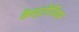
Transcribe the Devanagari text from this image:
कैस्टोरियम